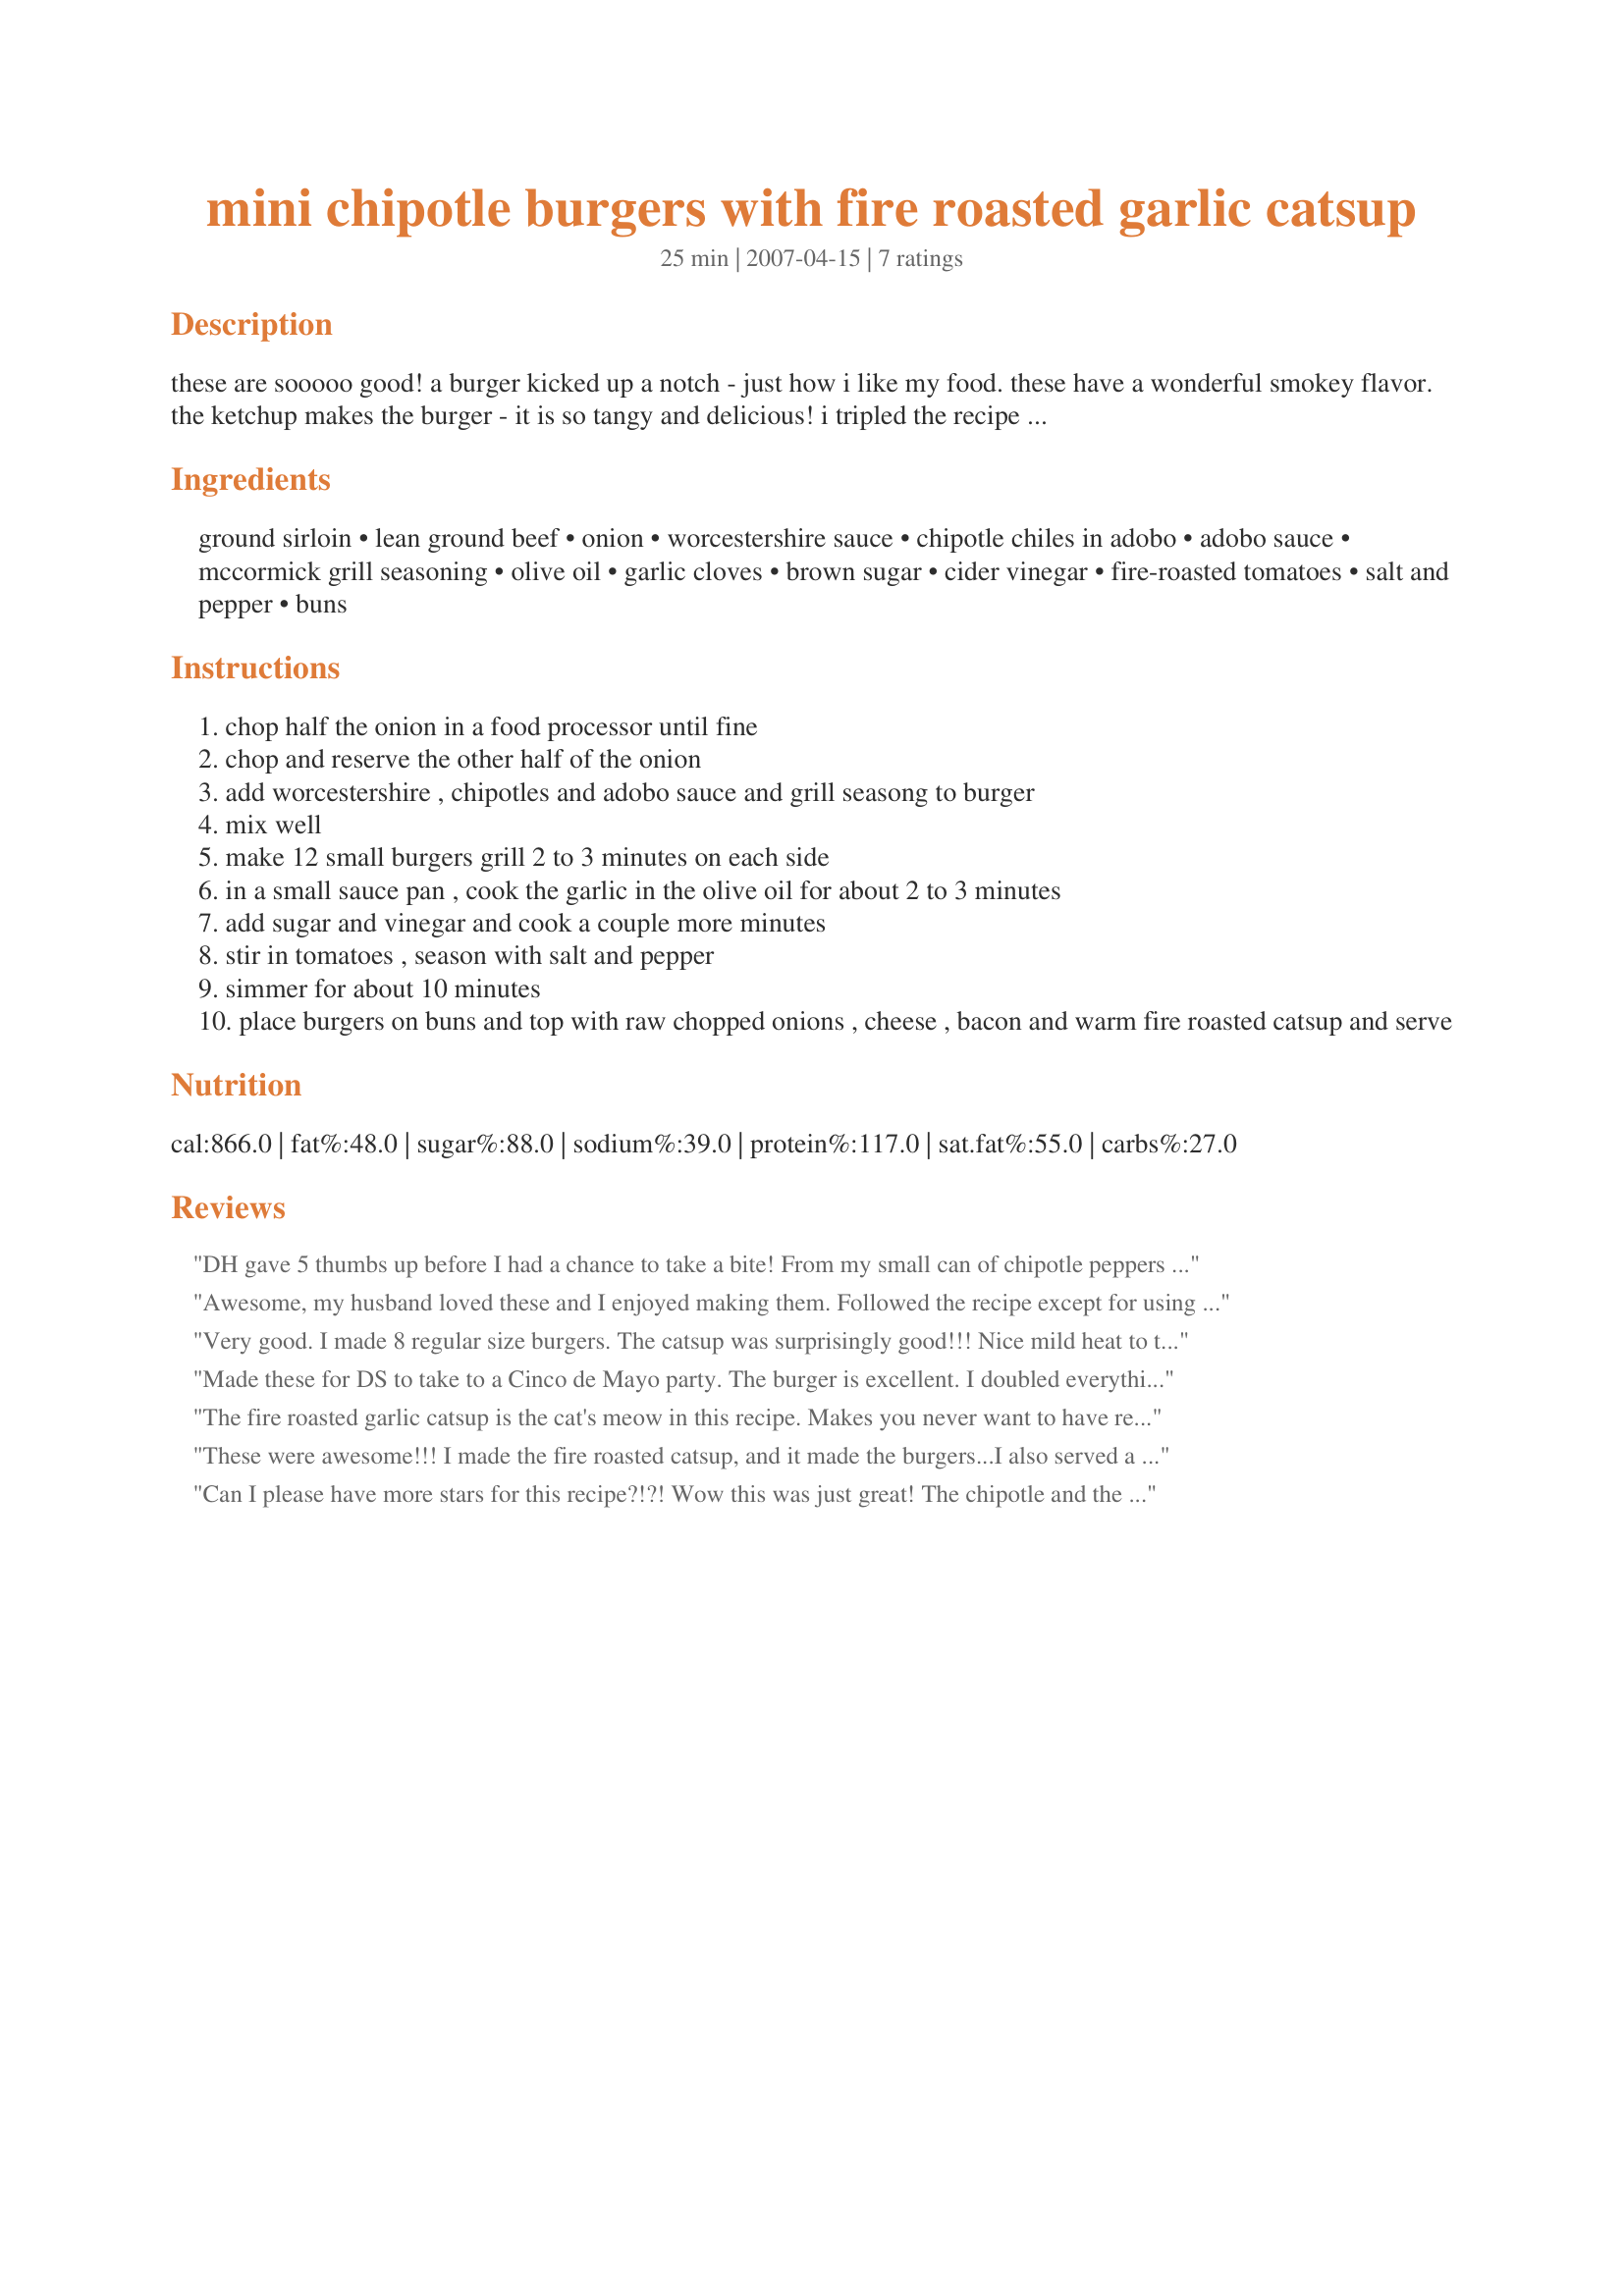
mini chipotle burgers with fire roasted garlic catsup
Preparation time: 25 minutes

these are sooooo good! a burger kicked up a notch - just how i like my food. these have a wonderful smokey flavor. the ketchup makes the burger - it is so tangy and delicious! i tripled the recipe and took it to a potluck at work...they were the first thing to disappear. this recipe came from a rachel ray show, and i tweeked it a bit.

Ingredients:
ground sirloin, lean ground beef, onion, worcestershire sauce, chipotle chiles in adobo, adobo sauce, mccormick grill seasoning, olive oil, garlic cloves, brown sugar, cider vinegar, fire-roasted tomatoes, salt and pepper, buns

Steps:
chop half the onion in a food processor until fine
chop and reserve the other half of the onion
add worcestershire , chipotles and adobo sauce and grill seasong to burger
mix well
make 12 small burgers grill 2 to 3 minutes on each side
in a small sauce pan , cook the garlic in the olive oil for about 2 to 3 minutes
add sugar and vinegar and cook a couple more minutes
stir in tomatoes , season with salt and pepper
simmer for about 10 minutes
place burgers on buns and top with raw chopped onions , cheese , bacon and warm fire roasted catsup and serve

Reviews:
DH gave 5 thumbs up before I had a chance to take a bite! From my small can of chipotle peppers in adobo, I have enough chipotle chiles for 2 more recipes, so I will make more mini burgers and freeze them until the adult children come for a barbecue. I used diced Fire-Roasted Tomatoes instead of crushed, but DH takes to salsa on his burger rather than catsup, so this escaped a psychological barrier. The burgers are spicier than we usually attempt, but the sweet salsa/catsup helps to offset the intensity. DH says this is worth taking a Zantac. For DH, I folded each slice of cheese into 2 triangles to straddle the burger; this worked well. For me, back on WW, one mini burger was all I needed. Thanks for posting this recipe, SCOOBYBOO! Made for Top Favorites of 2008 Tag, on the recommendation of loof.
Awesome, my husband loved these and I enjoyed making them. Followed the recipe except for using 2lbs of lean grassfed beef. I made my own grill seasoning, following recipe http://www.food.com/recipe/grill-seasoning-184558.
Very good. I made 8 regular size burgers. The catsup was surprisingly good!!! Nice mild heat to the burgers.
Made these for DS to take to a Cinco de Mayo party. The burger is excellent. I doubled everything, even the "catsup" and I ended up with way too much of that. DS dislikes "chunky stuff" so we pureed the catsup. The only thing I'm thinking I would change is to drain the tomatoes - it separated and didn't look too great. We added cheese to half of them but did not offer bacon or onions.
The fire roasted garlic catsup is the cat's meow in this recipe. Makes you never want to have regular catsup again! I used 2 pounds of ground sirloin (I think that was what was originally used on Rachel's show). I just made regular size burgers as we were having them as a meal instead of an appetizer which I normally make the mini-size ones for. This is an absolutely must try recipe! Thank you for posting!
These were awesome!!! I made the fire roasted catsup, and it made the burgers...I also served a horseradish mayo with them, and that was equally as good...GREAT RECIPE!!!!!
Can I please have more stars for this recipe?!?! Wow this was just great! The chipotle and the seasoning were just terrific and you are so right about the homemade fire-roasted catsup - it is fantastic, and great on the fries too! I served with cheddar and bacon as suggested, and those spicy burgers topped with that sauce were awesome - thanks for sharing this great recipe!
